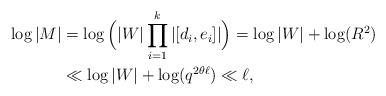
LaTeX: \begin{align*}\log|M| &= \log\Big(|W| \prod_{i = 1}^k |[d_i, e_i]|\Big) = \log|W| + \log(R^2) \\&\ll \log|W| + \log(q^{2\theta\ell}) \ll \ell,\end{align*}